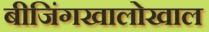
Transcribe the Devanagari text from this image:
बीजिंगखालोखाल